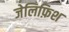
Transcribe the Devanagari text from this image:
जेलिफ़िश